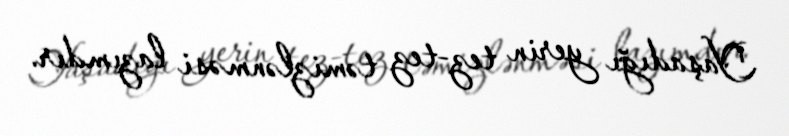
Yaşadığı yerin tez-tez təmizlənməsi lazımdır.